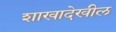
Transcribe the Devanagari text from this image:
शाखादेखील